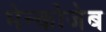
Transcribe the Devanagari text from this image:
मेन्कोजेब